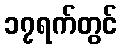
၁၇ရက်တွင်